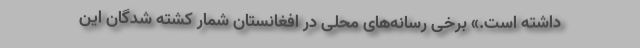
داشته است.» برخی رسانه‌های محلی در افغانستان شمار کشته شدگان این